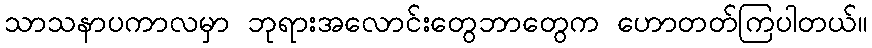
သာသနာပကာလမှာ ဘုရားအလောင်းတွေဘာတွေက ဟောတတ်ကြပါတယ်။